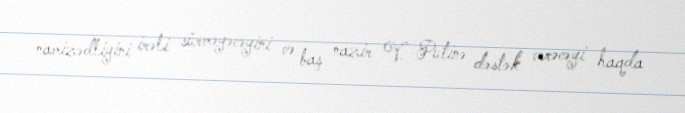
namizədliyini irəli sürməyəcəyini və baş nazir V. Putinə dəstək verəcəyi haqda